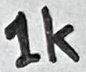
Text: 1K